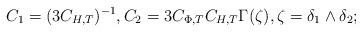
LaTeX: \begin{align*}C_1 = (3C_{H,T})^{-1}, C_2= 3C_{\Phi,T} C_{H,T} \Gamma(\zeta),\zeta=\delta_1\wedge \delta_2;\end{align*}